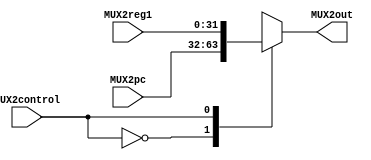
module mux_reg1_pc(
    input [31:0] MUX2pc,
    input [31:0] MUX2reg1,
    input MUX2control,
    output reg [31:0] MUX2out
    );

    always @(MUX2pc, MUX2reg1, MUX2control)
    begin
        case(MUX2control)
            0: MUX2out = MUX2pc;
            1: MUX2out = MUX2reg1;
        endcase
    end
endmodule